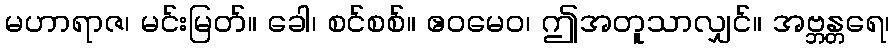
မဟာရာဇ၊ မင်းမြတ်။ ခေါ၊ စင်စစ်။ ဧဝမေဝ၊ ဤအတူသာလျှင်။ အဗ္ဘန္တရေ၊